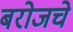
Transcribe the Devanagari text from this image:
बरोजचे